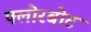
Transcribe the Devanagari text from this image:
फ्लोरबोट